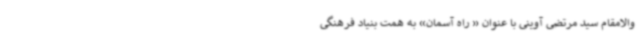
والامقام سید مرتضی آوینی با عنوان « راه آسمان» به همت بنیاد فرهنگی